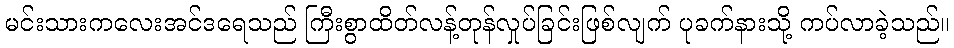
မင်းသားကလေးအင်ဒရေသည် ကြီးစွာထိတ်လန့်တုန်လှုပ်ခြင်းဖြစ်လျက် ပုခက်နားသို့ ကပ်လာခဲ့သည်။